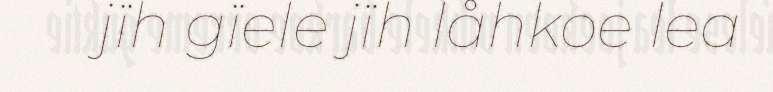
jïh gïele jïh låhkoe lea